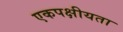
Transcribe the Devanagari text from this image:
एकपक्षीयता